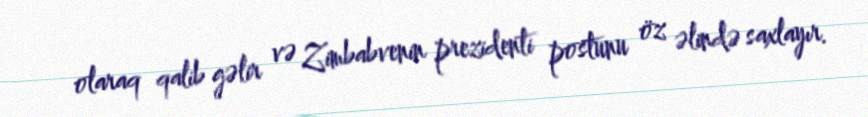
olaraq qalib gəlir və Zimbabvenin prezidenti postunu öz əlində saxlayır.